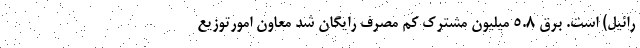
رائیل) است. برق ۵.۸ میلیون مشترک کم مصرف رایگان شد معاون امورتوزیع